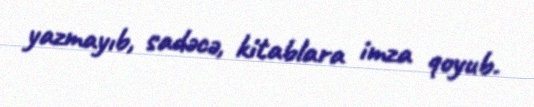
yazmayıb, sadəcə, kitablara imza qoyub.